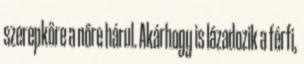
szerepköre a nőre hárul. Akárhogy is lázadozik a férfi,